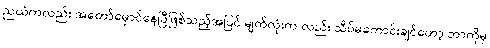
ညယံကလည်း အတော်မှောင်နေပြီဖြစ်သည့်အပြင် မျက်လုံးက လည်း သိပ်မကောင်းချင်တော့ ဘာကိုမှ